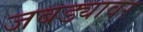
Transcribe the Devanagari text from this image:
जबड्यावर